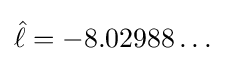
{\hat {\ell }}=-8.02988\ldots